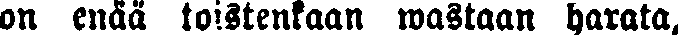
on enää toistenkaan wastaan harata,